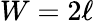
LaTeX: W=2\ell